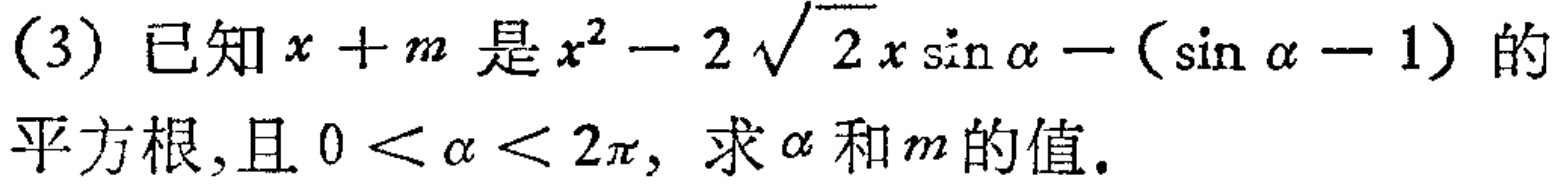
(3) 已知\(x + m\)是\(x^{2}-2\sqrt{2}x\sin\alpha - (\sin\alpha - 1)\)的平方根,且\(0 < \alpha < 2\pi\), 求\(\alpha\)和\(m\)的值.